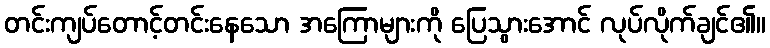
တင်းကျပ်တောင့်တင်းနေသော အကြောများကို ပြေသွားအောင် လုပ်လိုက်ချင်၏။